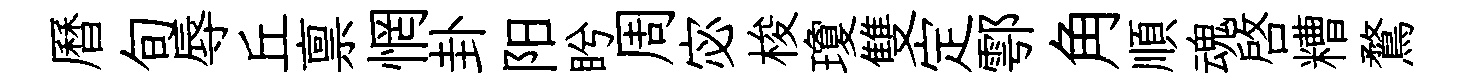
曆旬辱丘禀惘卦阳盻周宓梭瓊雙定鄠角順魂啓糟鶩